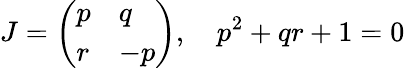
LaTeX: J={\left(\begin{array}{ll}{p}&{q}\\ {r}&{-p}\end{array}\right)},\quad p^{2}+qr+1=0